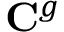
{ \mathbf { C } } ^ { g }